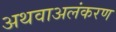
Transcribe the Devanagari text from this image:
अथवाअलंकरण